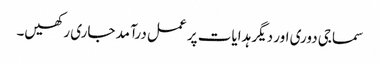
سماجی دوری اور دیگر ہدایات پر عمل درآمد جاری رکھیں۔